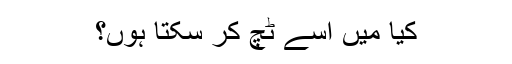
کیا میں اسے ٹچ کر سکتا ہوں؟